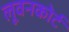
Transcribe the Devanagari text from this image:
लूवनकोर्ट